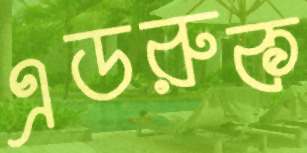
এডরুক